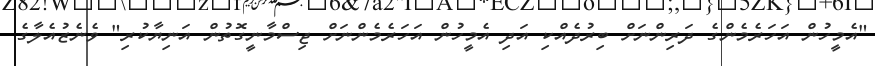
"އެމީހުން އަހަރެމެންގެ ދަރިންނަށް ބިރުދެއްކި އަދި އެމީހުން އަހަރެމެންނަށް ޖިސްމާނީގޮތުން އަނިޔާކުރި" ވެނެޒުއެލާގެ